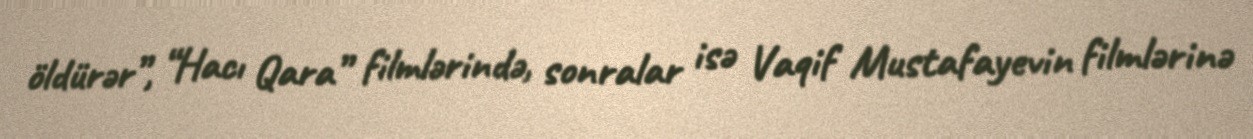
öldürər”, “Hacı Qara” filmlərində, sonralar isə Vaqif Mustafayevin filmlərinə